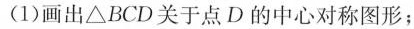
(1)画出△BCD关于点D的中心对称图形；